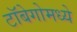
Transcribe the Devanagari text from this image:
टॉबेगोमध्ये